Document type: Sale
Year: 1354
Scribe: Bernat de Torre
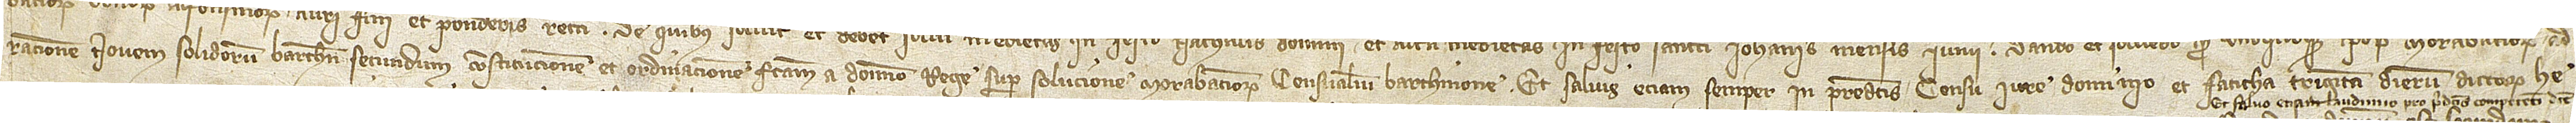
racionem novem solidorum barchinonensium secundum constitucionem et ordinacionem factam a domino rege super solucione morabatinorum censualium Barchinone. Et salvis etiam semper in predictis censu, iure, dominio et faticha triginta dierum dictorum he-